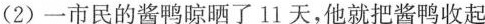
(2)一市民的酱鸭晾晒了11天，他就把酱鸭收起